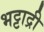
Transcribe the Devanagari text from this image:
भट्टाद्री